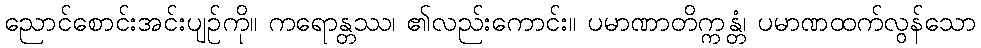
ညောင်စောင်းအင်းပျဉ်ကို။ ကရောန္တဿ၊ ၏လည်းကောင်း။ ပမာဏာတိက္ကန္တံ၊ ပမာဏထက်လွန်သော